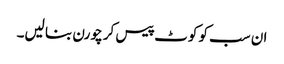
ان سب کو کوٹ پیس کر چورن بنا لیں۔